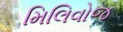
મિલિવોજ